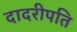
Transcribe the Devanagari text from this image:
दादरीपति